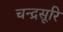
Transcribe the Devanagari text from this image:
चन्द्रसूरि